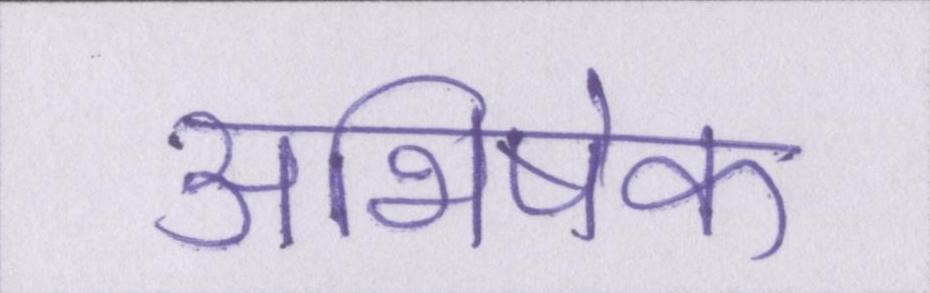
अभिषेक